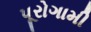
પૂરોગામી